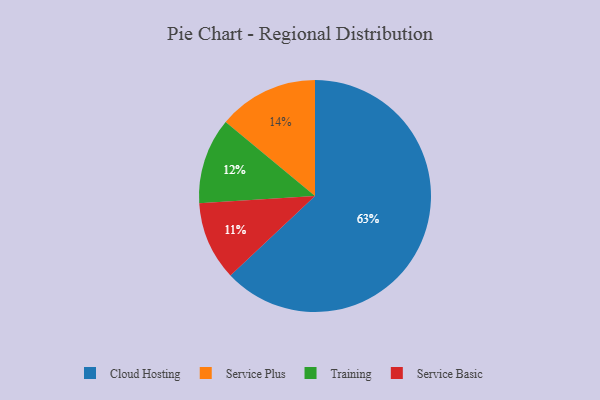
{"axis": {"x": "Category", "y": "Percentage"}, "legend": ["Cloud Hosting", "Service Basic", "Service Plus", "Training"], "data": [{"x": "Training", "y": 12, "type": "Training"}, {"x": "Service Basic", "y": 11, "type": "Service Basic"}, {"x": "Service Plus", "y": 14, "type": "Service Plus"}, {"x": "Cloud Hosting", "y": 63, "type": "Cloud Hosting"}]}